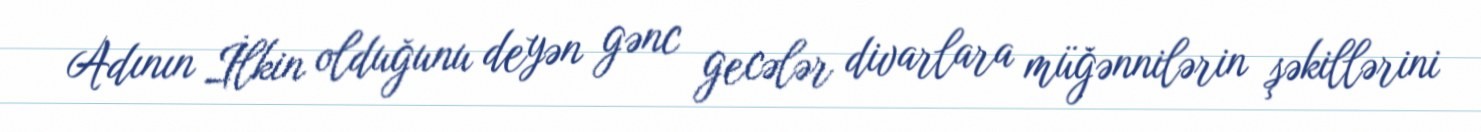
Adının İlkin olduğunu deyən gənc gecələr divarlara müğənnilərin şəkillərini